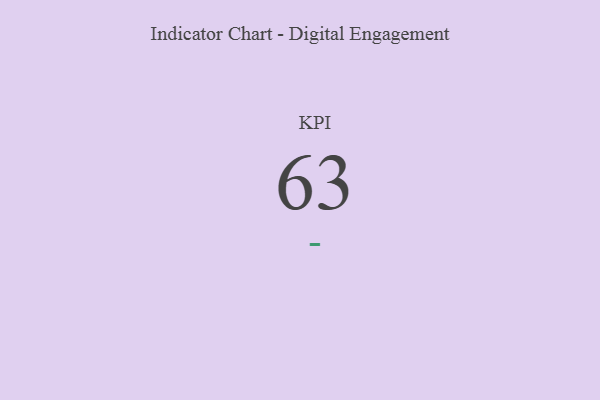
{"axis": {"x": "KPI", "y": "Value"}, "legend": [""], "data": [{"x": "KPI", "y": 63, "type": ""}]}